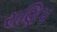
રાણિપ